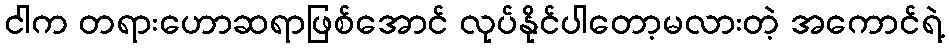
ငါက တရားဟောဆရာဖြစ်အောင် လုပ်နိုင်ပါတော့မလားတဲ့ အကောင်ရဲ့